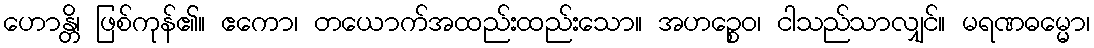
ဟောန္တိ၊ ဖြစ်ကုန်၏။ ဧကော၊ တယောက်အထည်းထည်းသော။ အဟဉ္စေဝ၊ ငါသည်သာလျှင်။ မရဏဓမ္မော၊